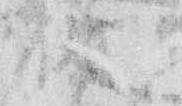
従